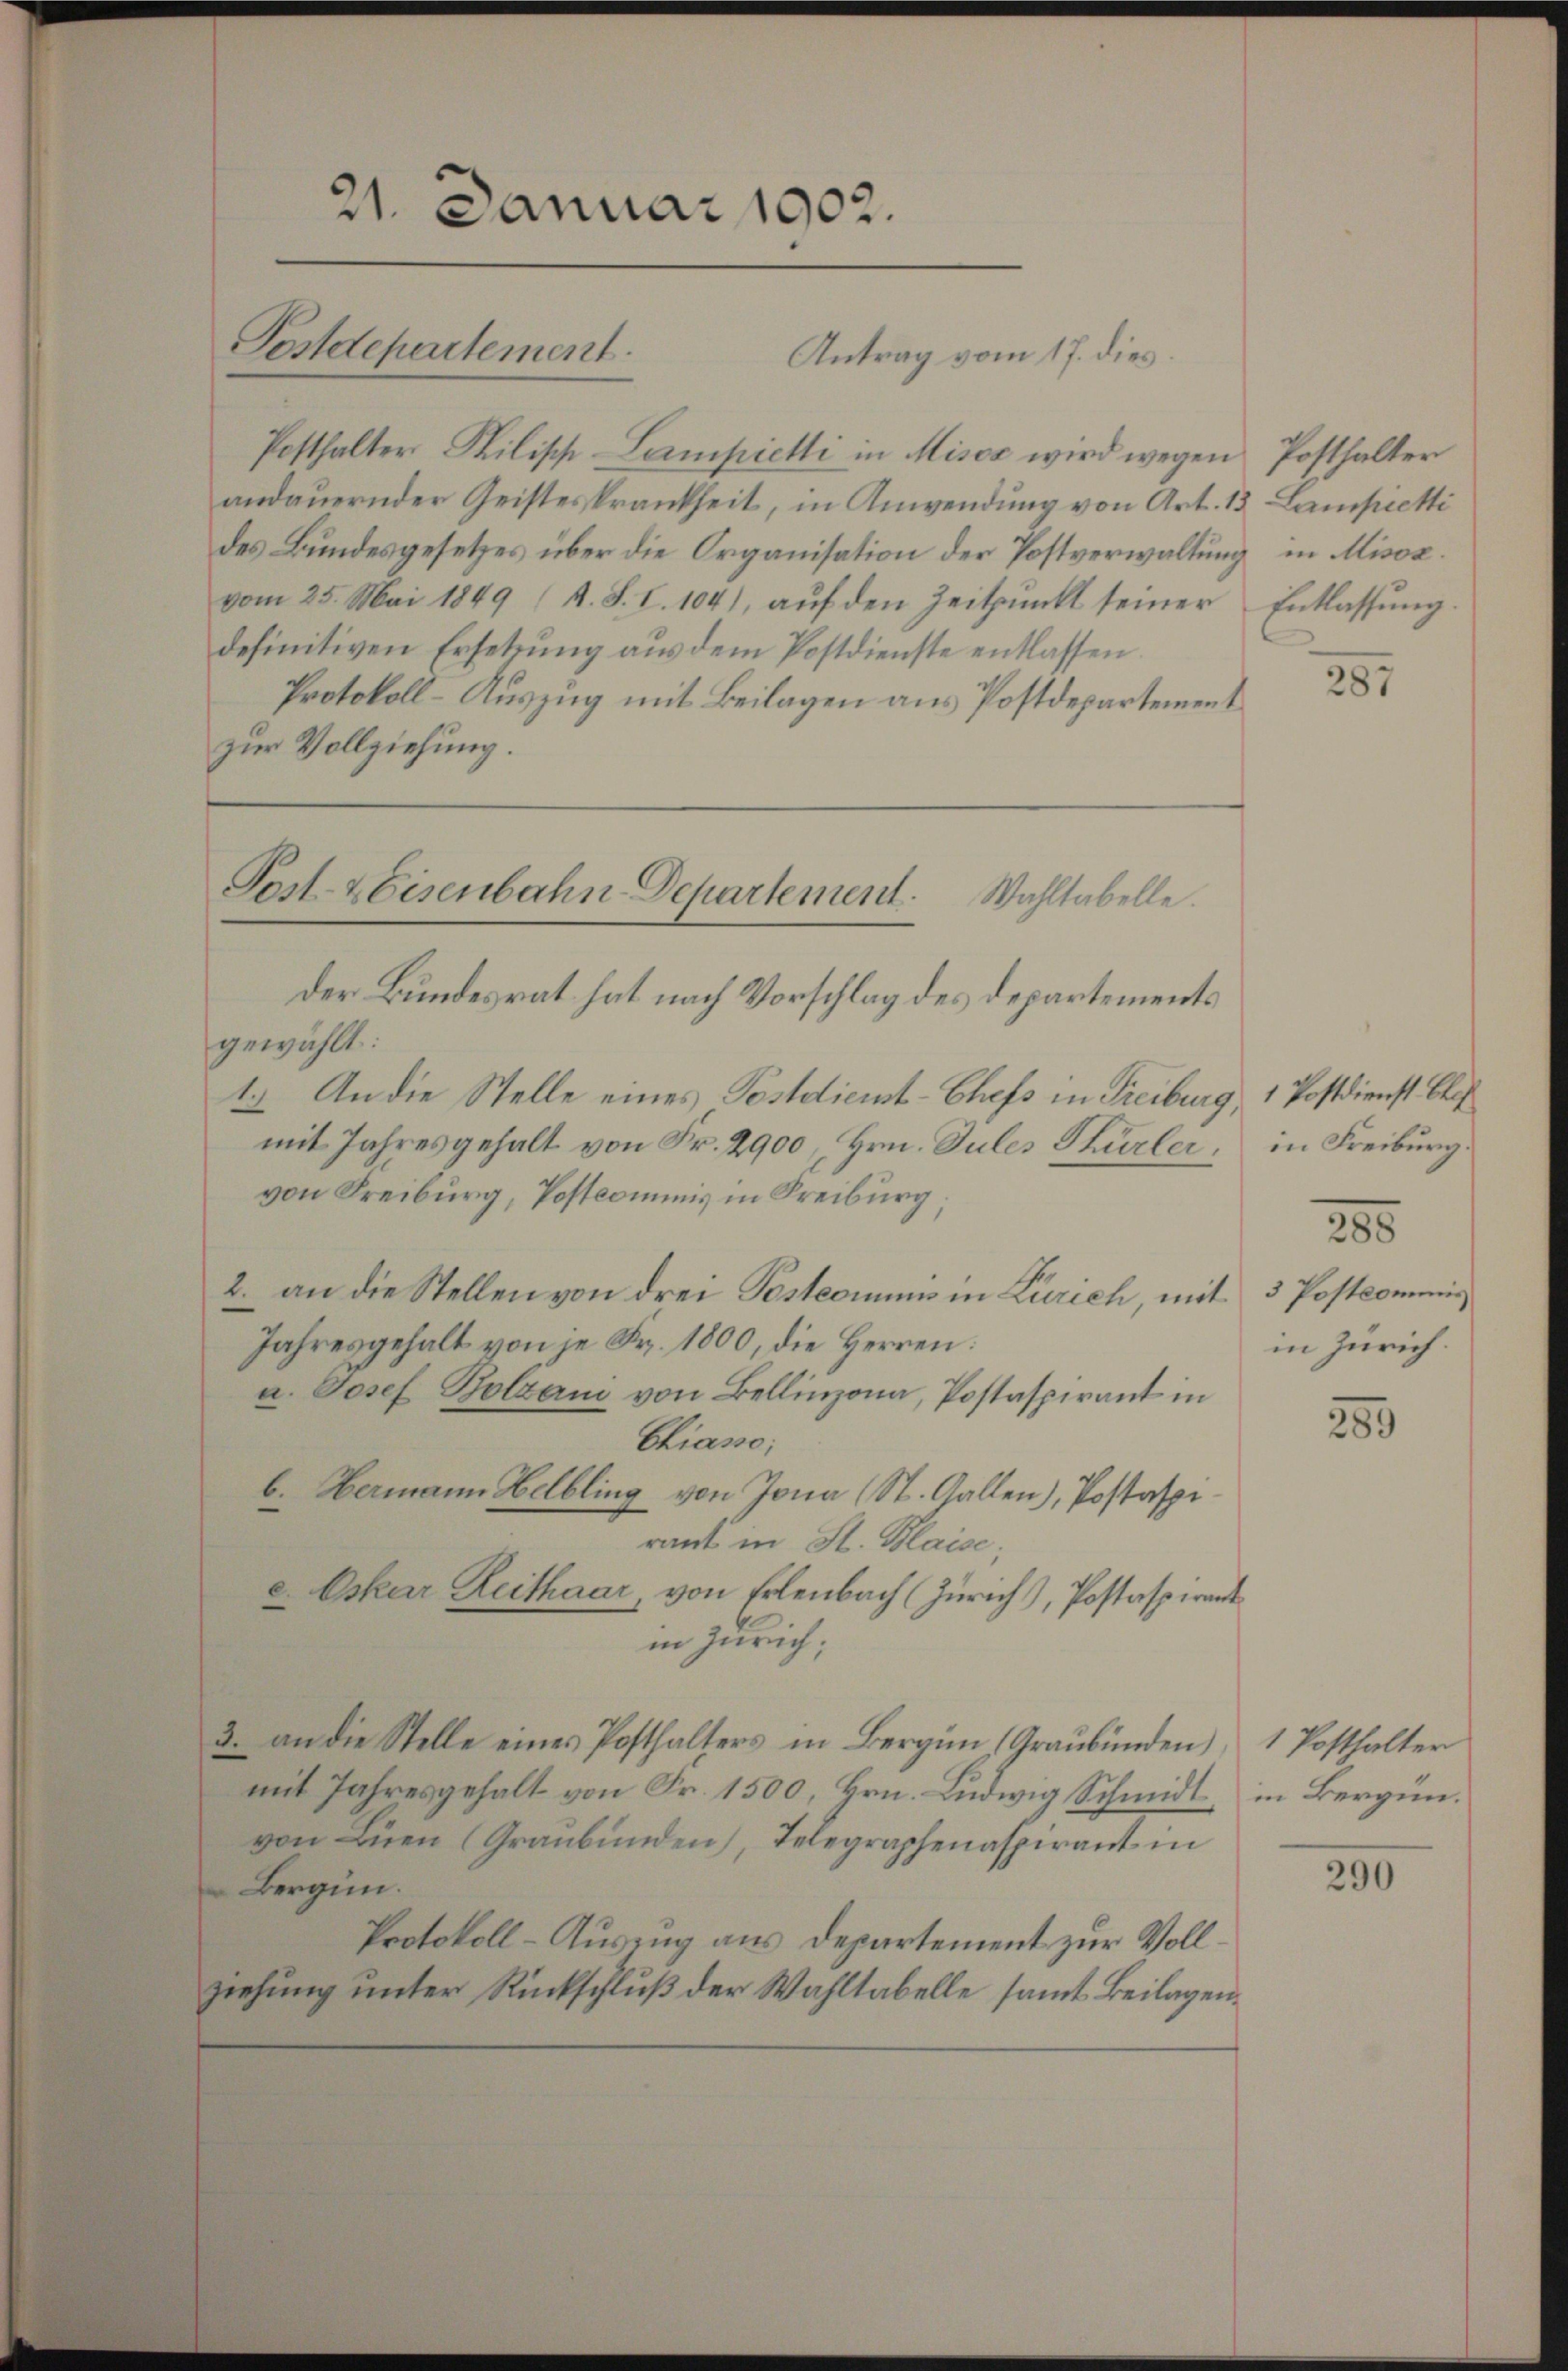
21. Januar 1902.
Postdepartement.
Antrag vom 17. dies

Post-Eisenbahn-Departement. Wahltabelle.

Posthalter Philisch-Lampietli in Misos wird wegen Posthalter
andauernder Geisteskrankheit, in Anwendung von Art. 13 Lampietti
des Bundesgesetzes über die Organisation der Postverwaltung in Misox.
vom 25. Mai 1849 (s. S. I. 104), auf den Zeitpunkt seiner Entlassung
definitiven Ersetzung aus dem Postdienste entlassen.
Protokoll- Auszug mit Beilagen aus Postdepartement
zur Vollziehung.
Der Bundesrat hat nach Vorschlag des Departements
gewählt:
1. An die Stelle eines Postdienst-Chefs in Freiburg, 1 Postdienst Chef
mit Jahresgehalt von Fr. 2900, Hrn. Sules Thürler,
von Freiburg, Postcommis in Freiburg;
2. an die Stellen von drei Postcommis in Zürich, mit
Jahresgehalt von je Fr. 1800, die Herren:
a. Josef Bolzani von Bellinzona, Postaspirant in
Chiasso;
b. Hermann Helbling von Jona (St. Gallen), Postaspirant in St. Blaise;
c. Oskar Reithaar, von Erlenbach (Zürich, Postaspirant
in Zürich;
3. an die Stelle eines Posthalters in Bergen (Graubünden)
mit Jahresgehalt von Fr. 1500, Hrn. Ludwig Schmidt in Bergünvon Lien (Graubünden, Telegraphenaspirant in
Bergini.
Protokoll-Auszug aus Departement zur Vollziehung unter Rückschluß der Wahltabelle samt. Beilagen¬

287

in Freiburg

280

3 Postcommis
in Zürich.

250

1 Posthalter

290